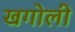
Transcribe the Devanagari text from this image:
खगोली